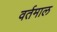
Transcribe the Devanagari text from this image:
वर्तमाल